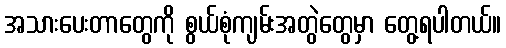
အသားပေးတာတွေကို စွယ်စုံကျမ်းအတွဲတွေမှာ တွေ့ရပါတယ်။